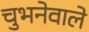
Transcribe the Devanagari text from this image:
चुभनेवाले